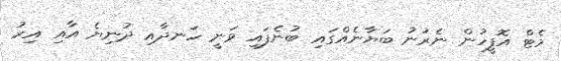
މެޓް އޮފީހުން ނެރުނު ބަޔާނެއްގައި ބުނެފައި ވަނީ ހަނދާއި ދުނިޔެ އާއި އިރު